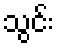
သွင်း